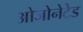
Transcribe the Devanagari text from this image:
ओजोनेटेड